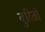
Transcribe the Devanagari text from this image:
बुरितो